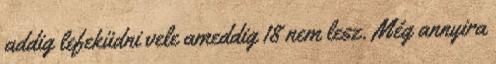
addig lefeküdni vele ameddig 18 nem lesz. Még annyira